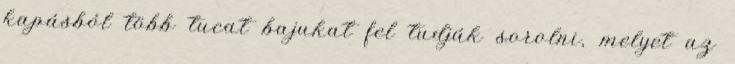
kapásból több tucat bajukat fel tudják sorolni, melyet az